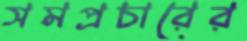
সমপ্রচারের